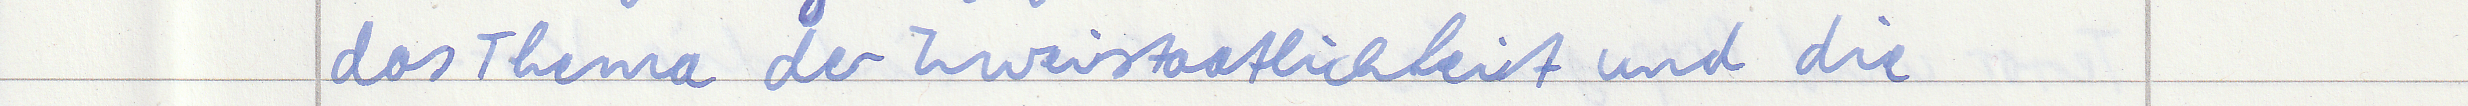
das Thema der Zweistaatlichkeit und die